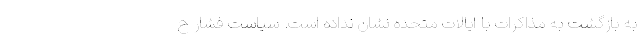
به بازگشت به مذاکرات با ایالات متحده نشان نداده است. سیاست فشار ح